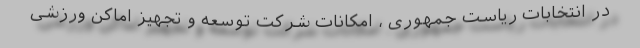
در انتخابات ریاست جمهوری ، امکانات شرکت توسعه و تجهیز اماکن ورزشی